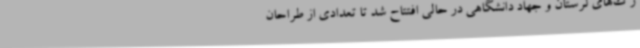
رک‌های لرستان و جهاد دانشگاهی در حالی افتتاح شد تا تعدادی از طراحان